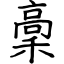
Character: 稾